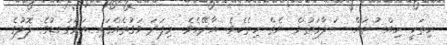
ހިތަކީ ހިއްސުތައް ސަލާމަތުން ނެތް ހިތެކެވެ. އާދޭހެވެ. މިފަދަ ވަގުތެއްގައި އަޅުގަނޑުގެ ލޮލުގެ